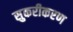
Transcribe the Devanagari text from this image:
सुकरीकरण